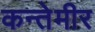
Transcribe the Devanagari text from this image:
कन्तेमीर